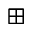
\boxplus